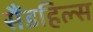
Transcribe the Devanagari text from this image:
सैंडहिल्स